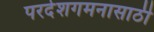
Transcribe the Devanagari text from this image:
परदेशगमनासाठी